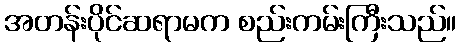
အတန်းပိုင်ဆရာမက စည်းကမ်းကြီးသည်။